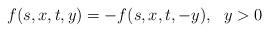
LaTeX: \begin{align*}f(s,x,t,y)=-f(s,x,t,-y), ~~ y>0\end{align*}